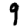
Digit: 9